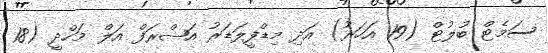
ސަމެޓް ބުލުޓް (19 އަހަރު) އަދި މިޑްފީލަޑަރު އަޝްރަފް އަލް މަހްދީ (18